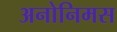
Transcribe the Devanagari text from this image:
अनोनिमस